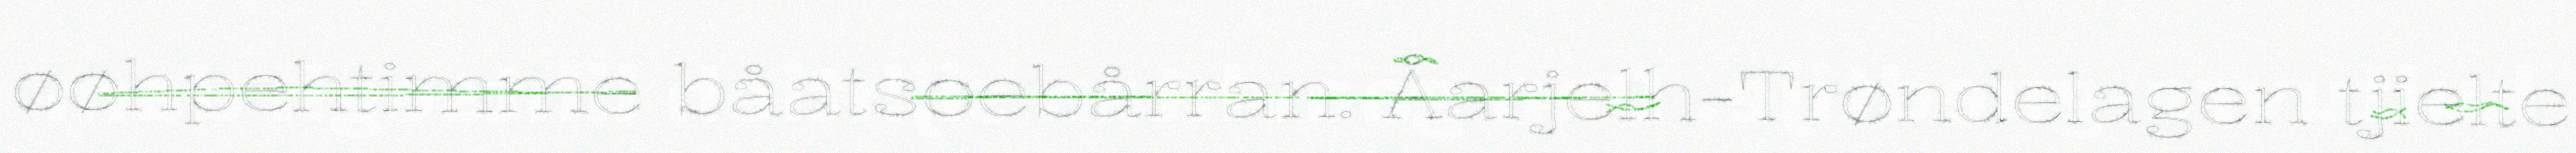
øøhpehtimme båatsoebårran. Åarjelh-Trøndelagen tjielte